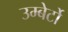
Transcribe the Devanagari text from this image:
उम्बेर्टो